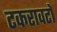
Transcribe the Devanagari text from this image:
टकरावटों